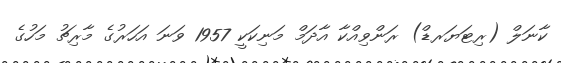
ކާނަލް (ރިޓަޔަރޑް) ރަންވިއްކާ އާދަމް މަނިކަކީ 1957 ވަނަ އަހަރުގެ މާރިޗު މަހުގެ